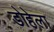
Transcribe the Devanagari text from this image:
डोहेला